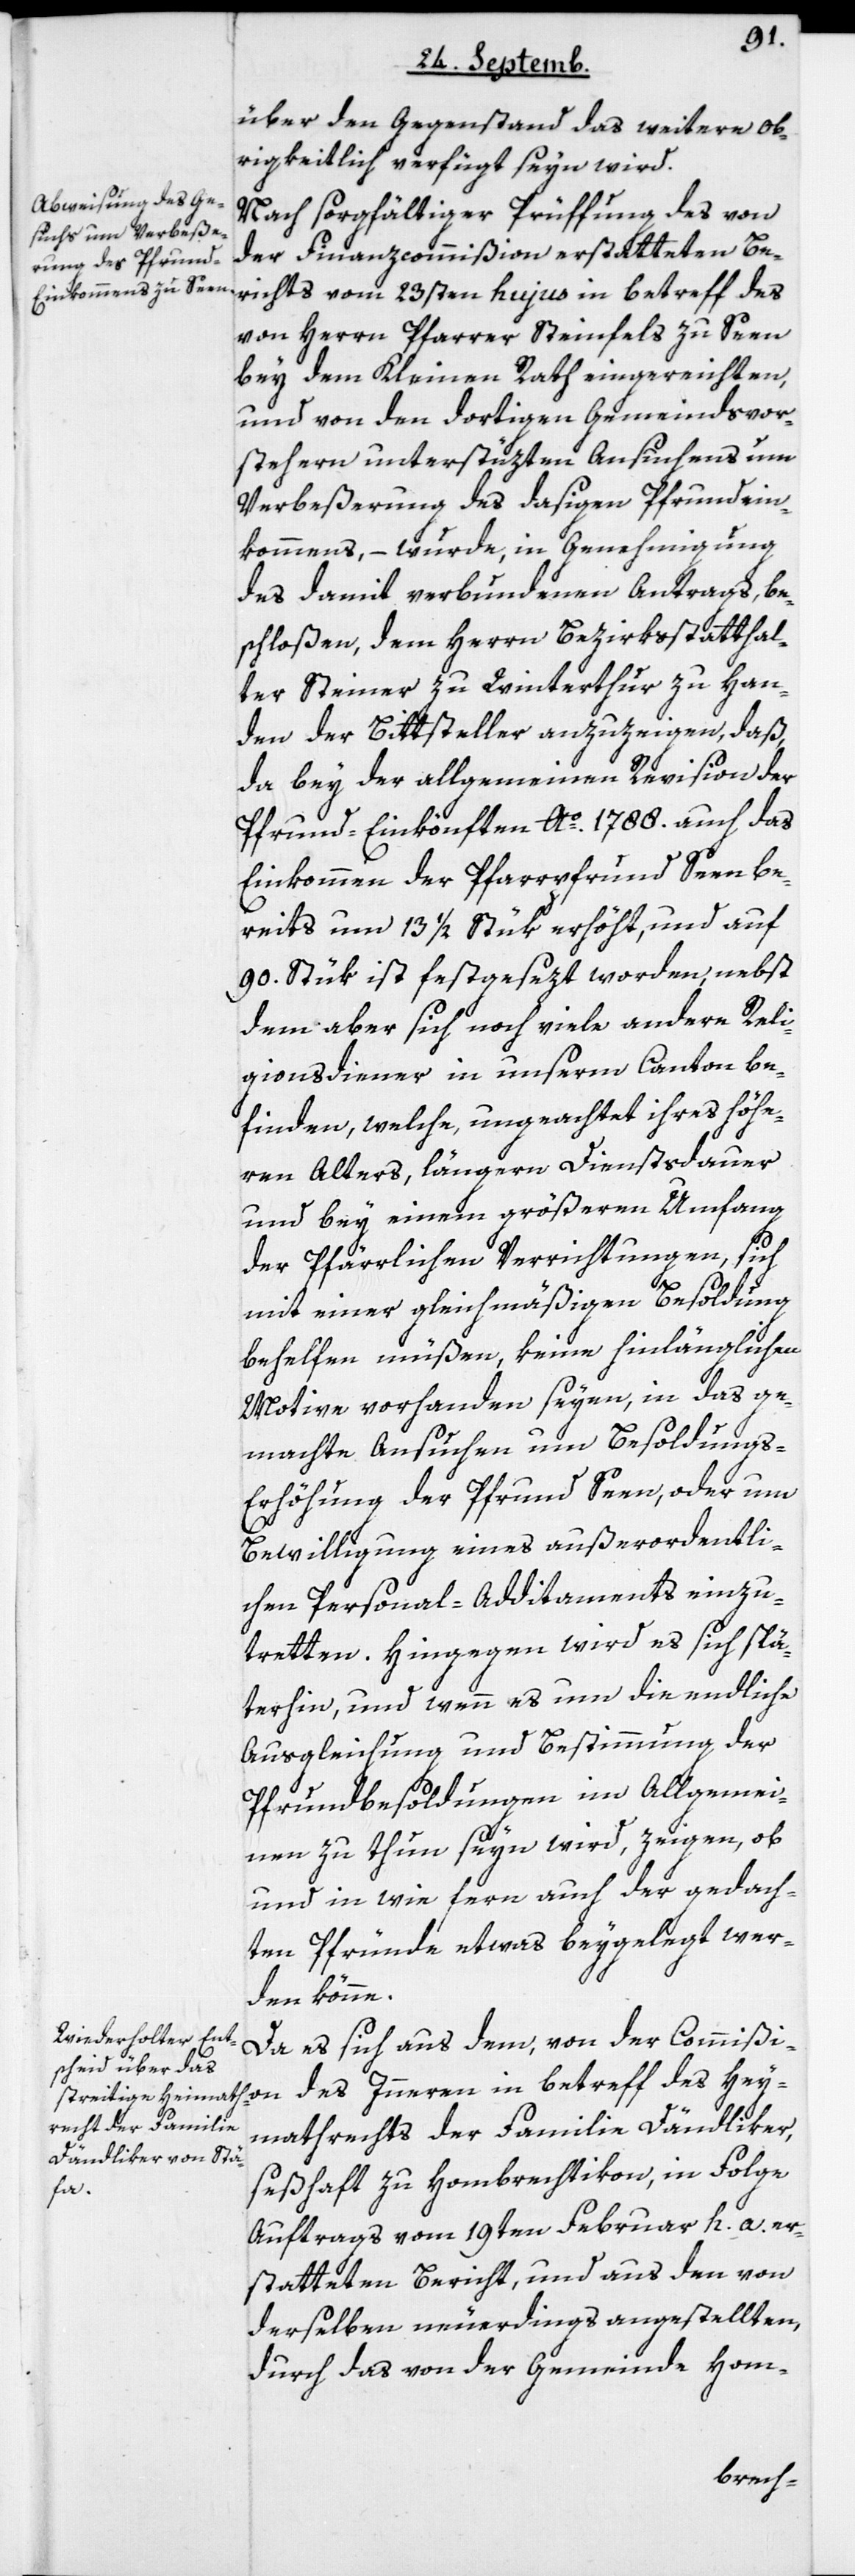
über den Gegenstand das weitere Ob¬
rigkeitlich verfügt seyn wird.
Nach sorgfältiger Prüffung des von
der Finanzcommißion erstatteten Be¬
richts vom 23sten hujus in Betreff des
von Herrn Pfarrer Steinfels zu Seen
bey dem Kleinen Rath eingereichten,
und von den dortigen Gemeindsvor¬
stehern unterstüzten Ansuchens um
Verbeßerung des dasigen Pfrundein¬
kommens, – wurde in Genehmigung
des damit verbundenen Antrags, be¬
schloßen, dem Herrn Bezirksstatthal¬
ter Steiner zu Winterthur zu Han¬
den der Bittsteller anzuzeigen, daß
da bey der allgemeinen Revision der
Pfrund-Einkönften Ao. 1788. auch das
Einkommen der Pfarrpfrund Seen be¬
reits um 13 ½ Stük erhöht, und auf
90. Stük ist festgesezt worden, nebst
dem aber sich noch viele andere Reli¬
gionsdiener in unserm Canton be¬
finden, welche ungeachtet ihres höhe¬
ren Alters, längern Dienstsdauer
und bey einem größeren Umfang
der Pfärrlichen Verrichtungen, sich
mit einer gleichmäßigen Besoldung
behelfen müßen, keine hinlänglichen
Motive vorhanden seyen, in das ge¬
machte Ansuchen um Besoldung¬
s-Erhöhung der Pfrund Seen, oder um
Bewilligung eines außerordentli¬
chen Personal-Additaments einzu¬
tretten. Hingegen wird es sich spä¬
terhin, und wenn es um die endliche
Ausgleichung und Bestimmung der
Pfrundbesoldungen im Allgemei¬
nen zu thun seyn wird, zeigen, ob
und in wie fern auch der gedach¬
ten Pfründe etwas beygelegt wer¬
den könne.
Da es sich aus dem, von der Commißi¬
on des Innern in betreff des Hey¬
mathrechts der Familie Dändliker,
seßhaft zu Hombrechtikon, in Folge
Auftrags vom 19ten Februar h. a. er¬
statteten Bericht, und aus den von
derselben neuerdings angestellten,
durch das von der Gemeinde Hom-